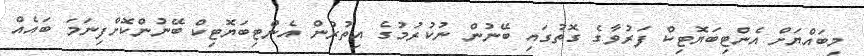
މިބައްޔަށް އެންޓިބަޔޮޓިކް ފަރުވާގެ ގޮތުގައި ބޭނުން ނުކުރުމުގެ އިތުރުން އެންޓިބަޔޮޓިކް ބޭނުންކޮށްފިނަމަ ބައެއް